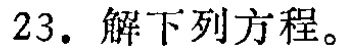
23. 解下列方程。